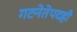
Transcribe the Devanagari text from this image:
गटनेतेपदही